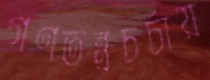
গণতন্ত্রচর্চায়